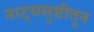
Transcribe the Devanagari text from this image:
नाट्यसृष्टीतून